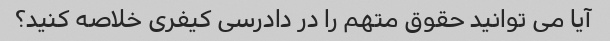
آیا می توانید حقوق متهم را در دادرسی کیفری خلاصه کنید؟